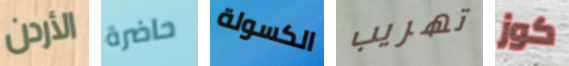
الأردن حاضرة الكسولة تهريب كوز